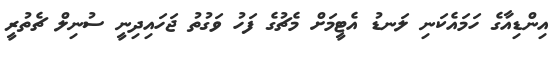
އިންޑިއާގެ ހަމައެކަނި ލަނޑު އެޓީމަށް މެޗުގެ ފަހު ވަގުތު ޖަހައިދިނީ ސުނިލް ޗެތުރީ